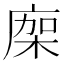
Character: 𢉤